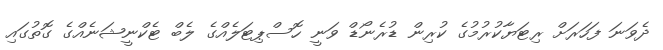
ދެވަނަ ފަހަރަށް ރިޓަޔާކުރުމުގެ ކުރިން ޑުރެނޯޑް ވަނީ ހޮސްޕިޓަލެއްގެ ލެބް ޓެކްނީޝަނެއްގެ ގޮތުގައި